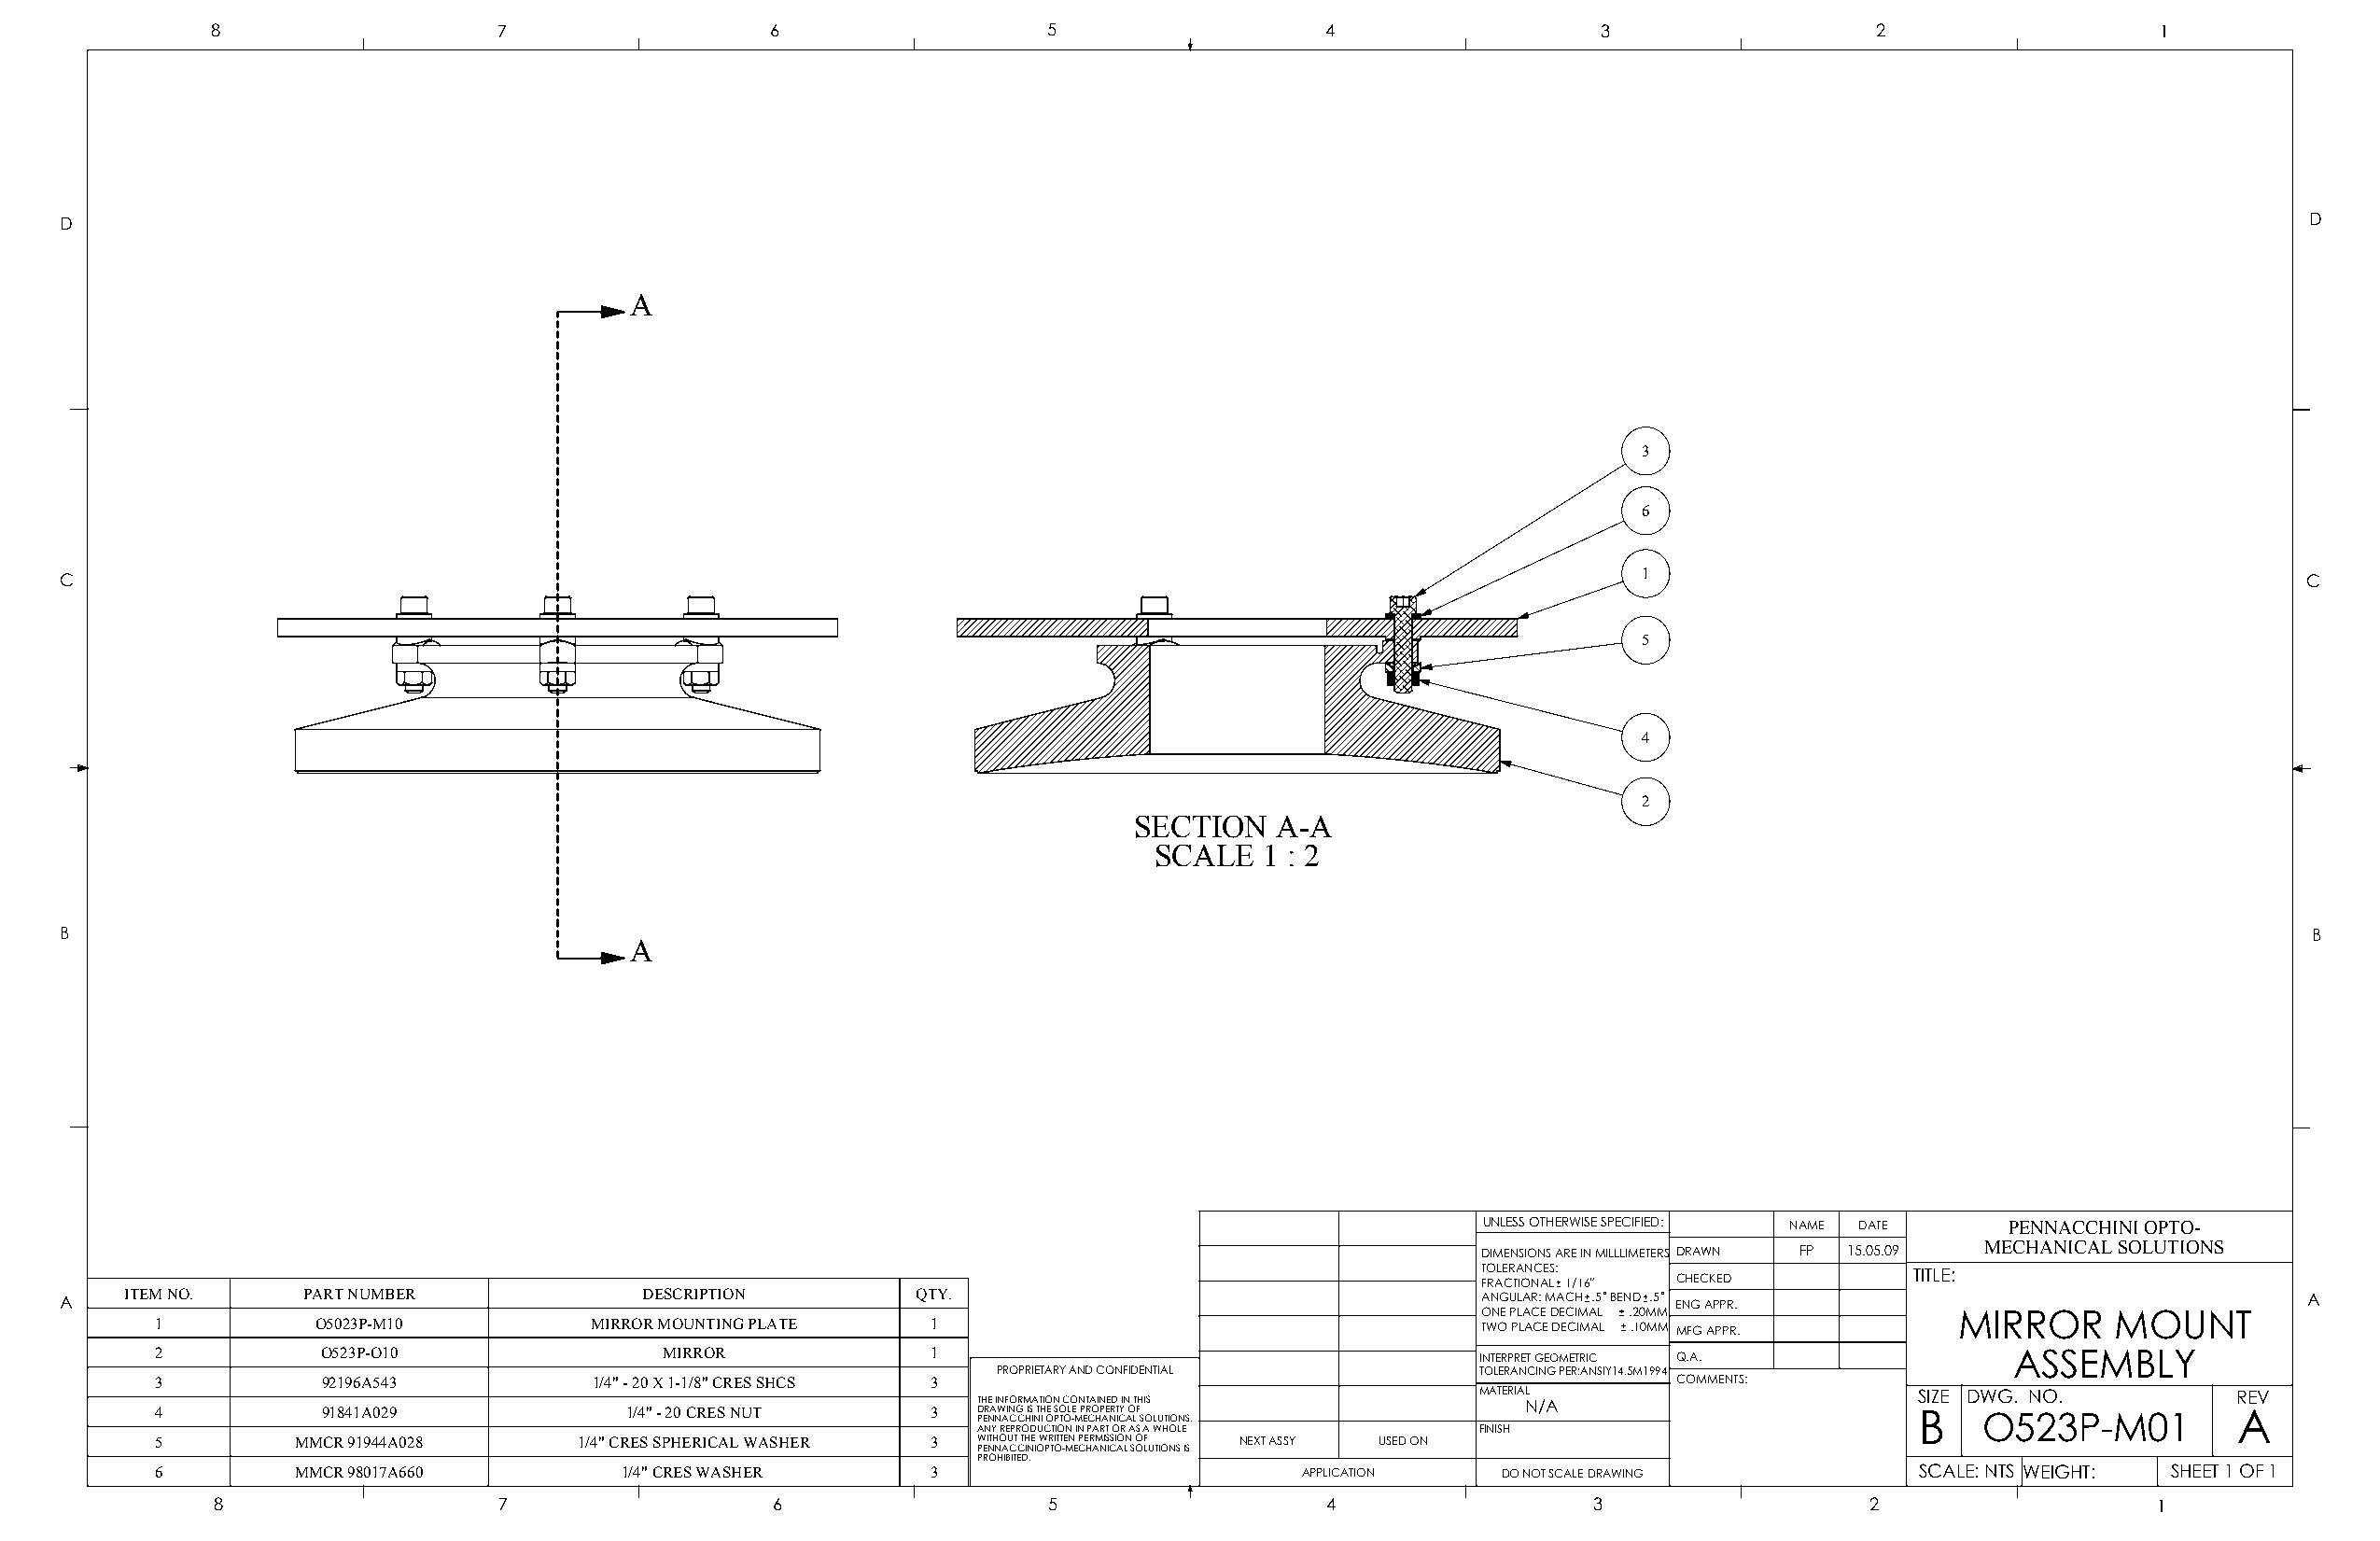
8                   7                   6                  5                   4                   3                  2                   1
 D                                                                                                                                                               D
 A
 3
 6
 1
 C                                                                                                                                                               C
 5
 4
 2
 SECTION    A-A
 SCALE   1 : 2
 B                                                                                                                                                               B
 A
 UNLESS OTHERWISE SPECIFIED: NAME DATE PENNACCHINI OPTO-
 DIMENSIONS ARE IN MILLLIMETERS DRAWN FP 15.05.09 MECHANICAL SOLUTIONS
 TOLERANCES:                    TITLE:
 FRACTIONAL 1/16" CHECKED
 A    ITEM NO.    PART NUMBER              DESCRIPTION        QTY.                                    ANGULAR: MACH .5 BEND .5 ENG APPR.                         A
 ONE PLACE DECIMAL .20MM           MIRROR     MOUNT
 1          O5023P-M10          MIRROR MOUNTING PLATE   1                                      TWO PLACE DECIMAL .10MM MFG APPR.
 2           O523P-O10               MIRROR             1                                      INTERPRET GEOMETRIC Q.A.              ASSEMBLY
 PROPRIETARY AND CONFIDENTIAL      TOLERANCING PER:ANSIY14.5M1994
 3           92196A543          1/4" - 20 X 1-1/8" CRES SHCS 3                                               COMMENTS:
 4           91841A029            1/4" - 20 CRES NUT    3  T D PH ERE NA NI WN AF IN CO G CRM HIS IA
 N
 TT H
 I
 I OO E PN S TO OC LO -E
 M
 N P ERT CA O HI PN AEE NRD T
 IC
 YIN AO T LFH SI OS
 LUTIONS.
 MATERIAL N/A                   S BIZE DW OG.
 5
 N 2O 3.
 P-M01
 R AEV
 ANY REPRODUCTION IN PART OR AS A WHOLE FINISH
 5         MMCR 91944A028      1/4" CRES SPHERICAL WASHER 3 WITHOUT THE WRITTEN PERMISSION OF NEXT ASSY USED ON
 PENNACCINIOPTO-MECHANICAL SOLUTIONS IS
 PROHIBITED.
 6         MMCR 98017A660         1/4" CRES WASHER      3                         APPLICATION   DO NOT SCALE DRAWING          SCALE: NTS WEIGHT: SHEET 1 OF 1
 8                   7                   6                  5                   4                  3                   2                   1